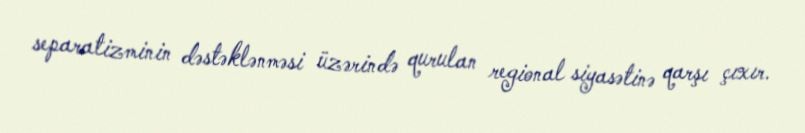
separatizminin dəstəklənməsi üzərində qurulan regional siyasətinə qarşı çıxır.